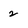
Character: 2